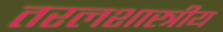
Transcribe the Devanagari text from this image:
तरलशास्त्रीय